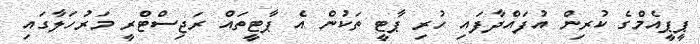
ޕީޕީއެމްގެ ކުރިން އުފައްދާފައި ހުރި ޕާޓީ ތަކުން އެ ޕާޓީތައް ރަޖިސްޓްރީ މަރުހަލާގައި